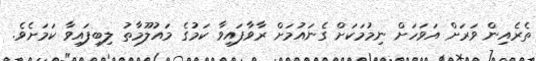
ތެރެއިން ވަރަށް އަވަހަށް ނިމުމަކަށް ގެނައުމަށް ރާވާފައިވާ ކަމުގެ މައުލޫމާތު ލިބިފައިވާ ކަމަށެވެ.